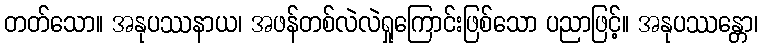
တတ်သော။ အနုပဿနာယ၊ အဖန်တစ်လဲလဲရှုကြောင်းဖြစ်သော ပညာဖြင့်။ အနုပဿန္တော၊